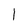
Character: 1